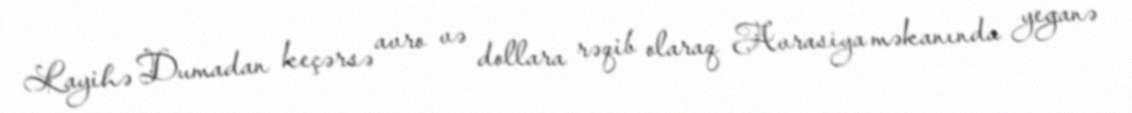
Layihə Dumadan keçərsə avro və dollara rəqib olaraq Avrasiya məkanında yeganə